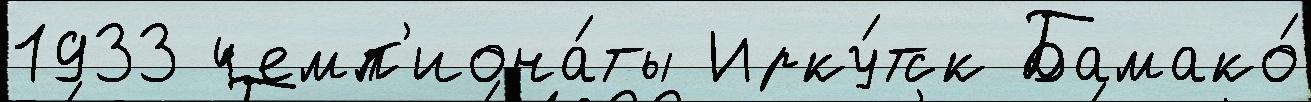
1933 чемп'иона́ты Ирку́тск Бамако́